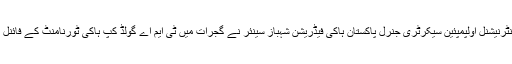
ان خیالات کا اظہار انٹرنیشنل اولپمپئین سیکرٹری جنرل پاکستان ہاکی فیڈریشن شہباز سینئر نے گجرات میں ٹی ایم اے گولڈ کپ ہاکی ٹورنامنٹ کے فائنل میچ کے موقع پر کیا۔